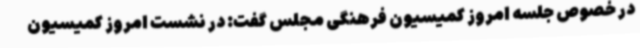
در خصوص جلسه امروز کمیسیون فرهنگی مجلس گفت: در نشست امروز کمیسیون